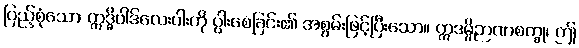
ပြည့်စုံသော ဣဒ္ဓိပါဒ်လေးပါးကို ပွါးစေခြင်း၏ အစွမ်းဖြင့်ပြီးသော။ ဣဒမ္ပိဉာဏစက္ခု၊ ဤ